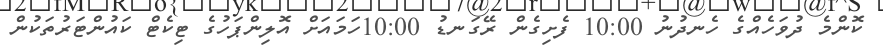
ކޮންމެ ދުވަހެއްގެ ހެނދުނު 10:00 ފެށިގެން ރޭގަނޑު 10:00ހަމައަށް އޮލިންޕަހުގެ ޓިކެޓް ކައުންޓަރުތަކުން